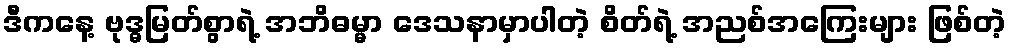
ဒီကနေ့ ဗုဒ္ဓမြတ်စွာရဲ့ အဘိဓမ္မာ ဒေသနာမှာပါတဲ့ စိတ်ရဲ့ အညစ်အကြေးများ ဖြစ်တဲ့